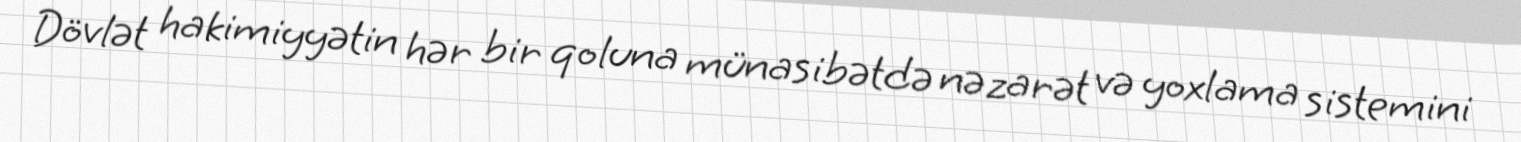
Dövlət hakimiyyətin hər bir qoluna münasibətdə nəzarət və yoxlama sistemini